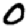
Digit: 0